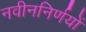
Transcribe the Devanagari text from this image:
नवीननिर्णयों